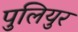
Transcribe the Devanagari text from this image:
पुलियुर